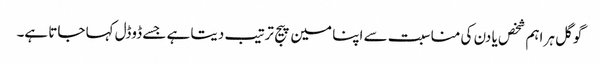
گوگل ہر اہم شخص یا دن کی مناسبت سے اپنا مین پیج ترتیب دیتا ہے جسے ڈوڈل کہا جاتا ہے۔